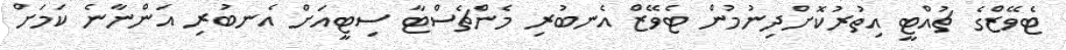
ޓެވޭޒްގެ ޗުއްޓީ އިތުރުކޮށްދިނުމުން ޓެވޭޒް އެނބުރި މެންޗެސްޓާ ސިޓީއަށް އެނބުރި އަންނާނެ ކަމަށް